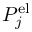
P _ { j } ^ { \mathrm { e l } }